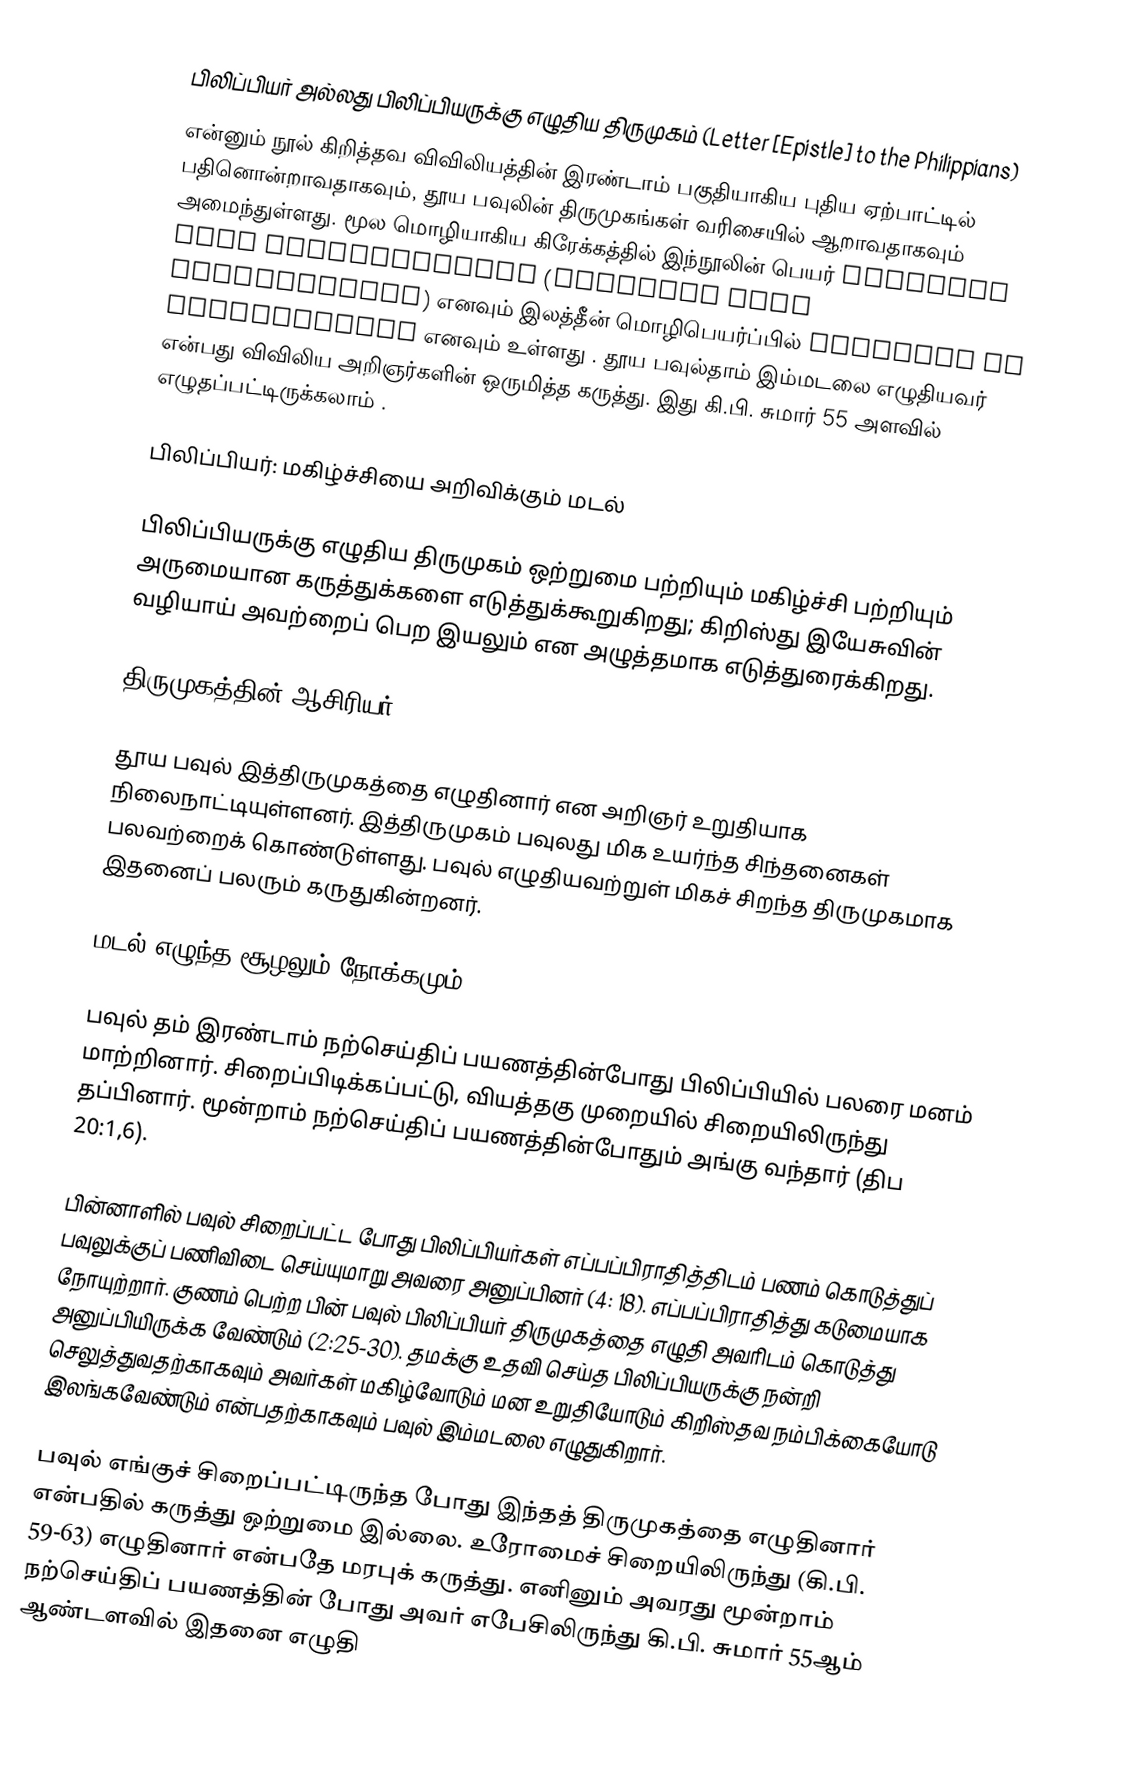
பிலிப்பியர் அல்லது பிலிப்பியருக்கு எழுதிய திருமுகம் (Letter [Epistle] to the Philippians)
என்னும் நூல் கிறித்தவ விவிலியத்தின் இரண்டாம் பகுதியாகிய புதிய ஏற்பாட்டில் பதினொன்றாவதாகவும், தூய பவுலின் திருமுகங்கள் வரிசையில் ஆறாவதாகவும் அமைந்துள்ளது. மூல மொழியாகிய கிரேக்கத்தில் இந்நூலின் பெயர் Epistole pros Philippesious (Επιστολή Προς Φιλιππησίους) எனவும் இலத்தீன் மொழிபெயர்ப்பில் Epistula ad Philippenses எனவும் உள்ளது . தூய பவுல்தாம்  இம்மடலை எழுதியவர் என்பது விவிலிய அறிஞர்களின் ஒருமித்த கருத்து. இது கி.பி. சுமார் 55 அளவில் எழுதப்பட்டிருக்கலாம் .

பிலிப்பியர்: மகிழ்ச்சியை அறிவிக்கும் மடல்

பிலிப்பியருக்கு எழுதிய திருமுகம் ஒற்றுமை பற்றியும் மகிழ்ச்சி பற்றியும் அருமையான கருத்துக்களை எடுத்துக்கூறுகிறது; கிறிஸ்து இயேசுவின் வழியாய் அவற்றைப் பெற இயலும் என அழுத்தமாக எடுத்துரைக்கிறது.

திருமுகத்தின் ஆசிரியர்

தூய பவுல் இத்திருமுகத்தை எழுதினார் என அறிஞர் உறுதியாக நிலைநாட்டியுள்ளனர். இத்திருமுகம் பவுலது மிக உயர்ந்த சிந்தனைகள் பலவற்றைக் கொண்டுள்ளது. பவுல் எழுதியவற்றுள் மிகச் சிறந்த திருமுகமாக இதனைப் பலரும் கருதுகின்றனர்.

மடல் எழுந்த சூழலும் நோக்கமும்

பவுல் தம் இரண்டாம் நற்செய்திப் பயணத்தின்போது பிலிப்பியில் பலரை மனம் மாற்றினார். சிறைப்பிடிக்கப்பட்டு, வியத்தகு முறையில் சிறையிலிருந்து தப்பினார். மூன்றாம் நற்செய்திப் பயணத்தின்போதும் அங்கு வந்தார் (திப 20:1,6).

பின்னாளில் பவுல் சிறைப்பட்ட போது பிலிப்பியர்கள் எப்பப்பிராதித்திடம் பணம் கொடுத்துப் பவுலுக்குப் பணிவிடை செய்யுமாறு அவரை அனுப்பினர் (4: 18). எப்பப்பிராதித்து கடுமையாக நோயுற்றார். குணம் பெற்ற பின் பவுல் பிலிப்பியர் திருமுகத்தை எழுதி அவரிடம் கொடுத்து அனுப்பியிருக்க வேண்டும் (2:25-30). தமக்கு உதவி செய்த பிலிப்பியருக்கு நன்றி செலுத்துவதற்காகவும் அவர்கள் மகிழ்வோடும் மன உறுதியோடும் கிறிஸ்தவ நம்பிக்கையோடு இலங்கவேண்டும் என்பதற்காகவும் பவுல் இம்மடலை எழுதுகிறார்.

பவுல் எங்குச் சிறைப்பட்டிருந்த போது இந்தத் திருமுகத்தை எழுதினார் என்பதில் கருத்து ஒற்றுமை இல்லை. உரோமைச் சிறையிலிருந்து (கி.பி. 59-63) எழுதினார் என்பதே மரபுக் கருத்து. எனினும் அவரது மூன்றாம் நற்செய்திப் பயணத்தின் போது அவர் எபேசிலிருந்து கி.பி. சுமார் 55ஆம் ஆண்டளவில் இதனை எழுதி